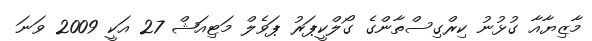
މާޒިޔާއާ ގުޅުނު ކިރްގިސްތާންގެ ގޯލްކީޕަރު ޕަވެލް މަޓިއަޝް 27 އަކީ 2009 ވަނަ